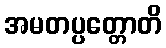
အမတပ္ပတ္တောတိ